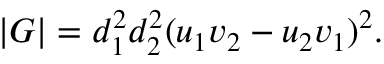
| G | = d _ { 1 } ^ { 2 } d _ { 2 } ^ { 2 } ( u _ { 1 } v _ { 2 } - u _ { 2 } v _ { 1 } ) ^ { 2 } .